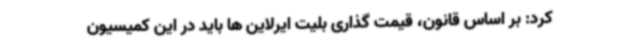
کرد: بر اساس قانون، قیمت گذاری بلیت ایرلاین ها باید در این کمیسیون